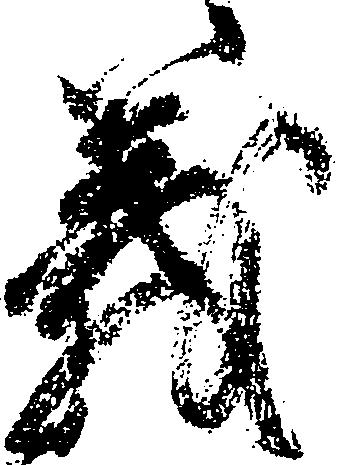
義